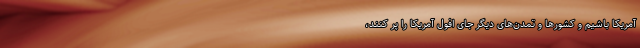
آمریکا باشیم و کشور‌ها و تمدن‌های دیگر جای افول آمریکا را پر کنند،